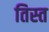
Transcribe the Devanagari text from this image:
तिस्‍त